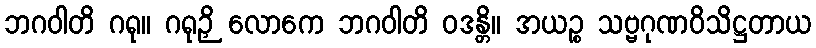
ဘဂဝါတိ ဂရု။ ဂရုဉှိ လောကေ ဘဂဝါတိ ဝဒန္တိ။ အယဉ္စ သဗ္ဗဂုဏဝိသိဋ္ဌတာယ